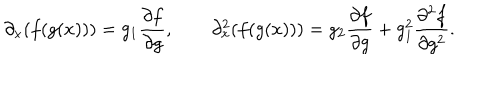
\partial _ { x } ( f ( g ( x ) ) ) = g _ { 1 } \frac { \partial f } { \partial g } , \qquad \partial _ { x } ^ { 2 } ( f ( g ( x ) ) ) = g _ { 2 } \frac { \partial f } { \partial g } + g _ { 1 } ^ { 2 } \frac { \partial ^ { 2 } f } { \partial g ^ { 2 } } .